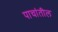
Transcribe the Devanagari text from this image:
पाचांतील